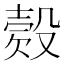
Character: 𣪳